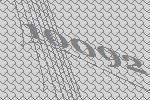
10092